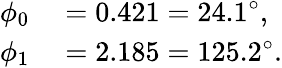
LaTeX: \begin{array}{rl}{\phi_{0}}&{{}=0.421=24.1^{\circ},}\\ {\phi_{1}}&{{}=2.185=125.2^{\circ}.}\end{array}